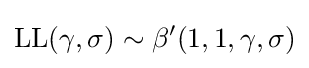
{\textrm {LL}}(\gamma ,\sigma )\sim \beta '(1,1,\gamma ,\sigma )